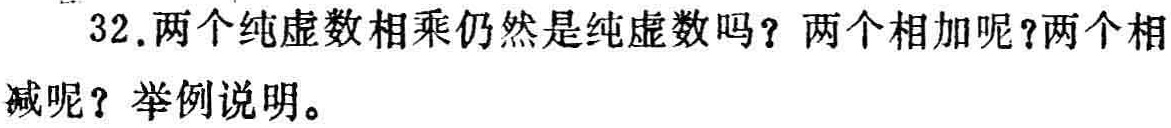
32.两个纯虚数相乘仍然是纯虚数吗？两个相加呢？两个相减呢？举例说明。